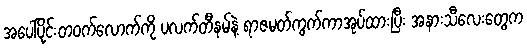
အပေါ်ပိုင်းတဝက်လောက်ကို ပလက်တီနမ်နဲ့ ရာဇမတ်ကွက်ကာအုပ်ထားပြီး အနားသီလေးတွေက